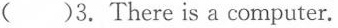
()3.There is a computer.